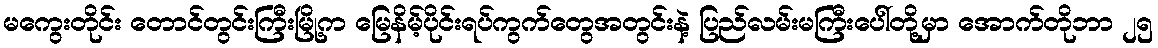
မကွေးတိုင်း တောင်တွင်းကြီးမြို့က မြေနိမ့်ပိုင်းရပ်ကွက်တွေအတွင်းနဲ့ ပြည်လမ်းမကြီးပေါ်တို့မှာ အောက်တိုဘာ ၂၅